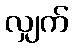
လျှက်